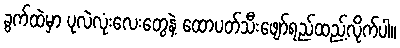
ခွက်ထဲမှာ ပုလဲလုံးလေးတွေနဲ့ ထောပတ်သီးဖျော်ရည်ထည့်လိုက်ပါ။